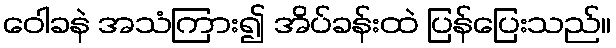
ဝေါခနဲ အသံကြား၍ အိပ်ခန်းထဲ ပြန်ပြေးသည်။